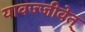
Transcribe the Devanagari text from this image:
यावज्जीवेत्‌